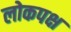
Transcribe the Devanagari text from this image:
लोकपक्ष